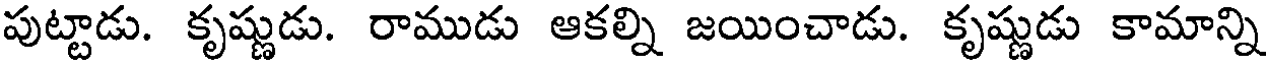
పుట్టాడు. కృష్ణుడు. రాముడు ఆకల్ని జయించాడు. కృష్ణుడు కామాన్ని